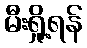
မီးရှို့ရန်